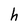
Character: h